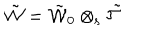
\tilde { \cal W } = \tilde { \cal W } _ { 0 } \otimes _ { \mathrm { s } } \tilde { { \cal T } }